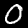
Digit: 0